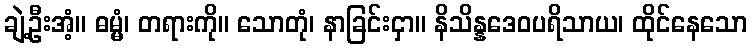
ချဲ့ဦးအံ့။ ဓမ္မံ၊ တရားကို။ သောတုံ၊ နာခြင်းငှာ။ နိသိန္နဒေဝပရိသာယ၊ ထိုင်နေသော